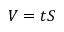
V = t S